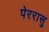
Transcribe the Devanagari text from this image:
पेररासु